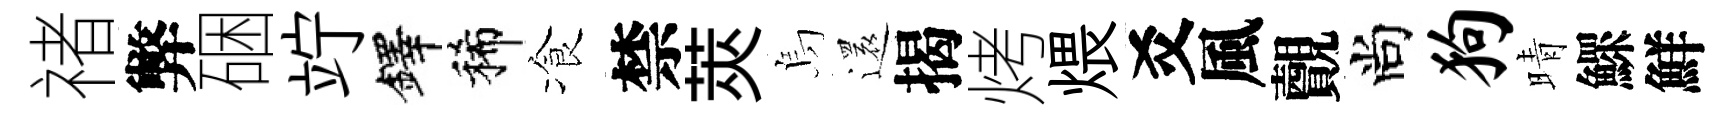
禇弊硱竚鐸稀飡禁莢烏還揭烤煨爻風覿尚狗晴鰥鮮